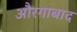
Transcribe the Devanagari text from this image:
औरगाबाद